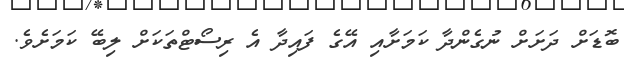
ބޮޑަށް ދަށަށް ނުގެންދާ ކަމަށާއި އޭގެ ފައިދާ އެ ރިސޯޓްތަކަށް ލިބޭ ކަމަށެވެ.